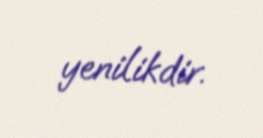
yenilikdir.